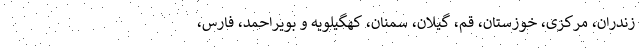
زندران، مرکزی، خوزستان، قم، گیلان، سمنان، کهگیلویه و بویراحمد، فارس،